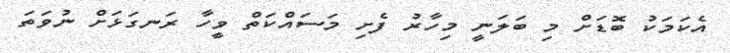
އެކަމަކު ބޮޑަށް މި ބަލަނީ މިހާރު ފެށި މަސައްކަތް ވީހާ ރަނގަޅަށް ނުވަތަ